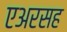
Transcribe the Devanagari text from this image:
एअरसह